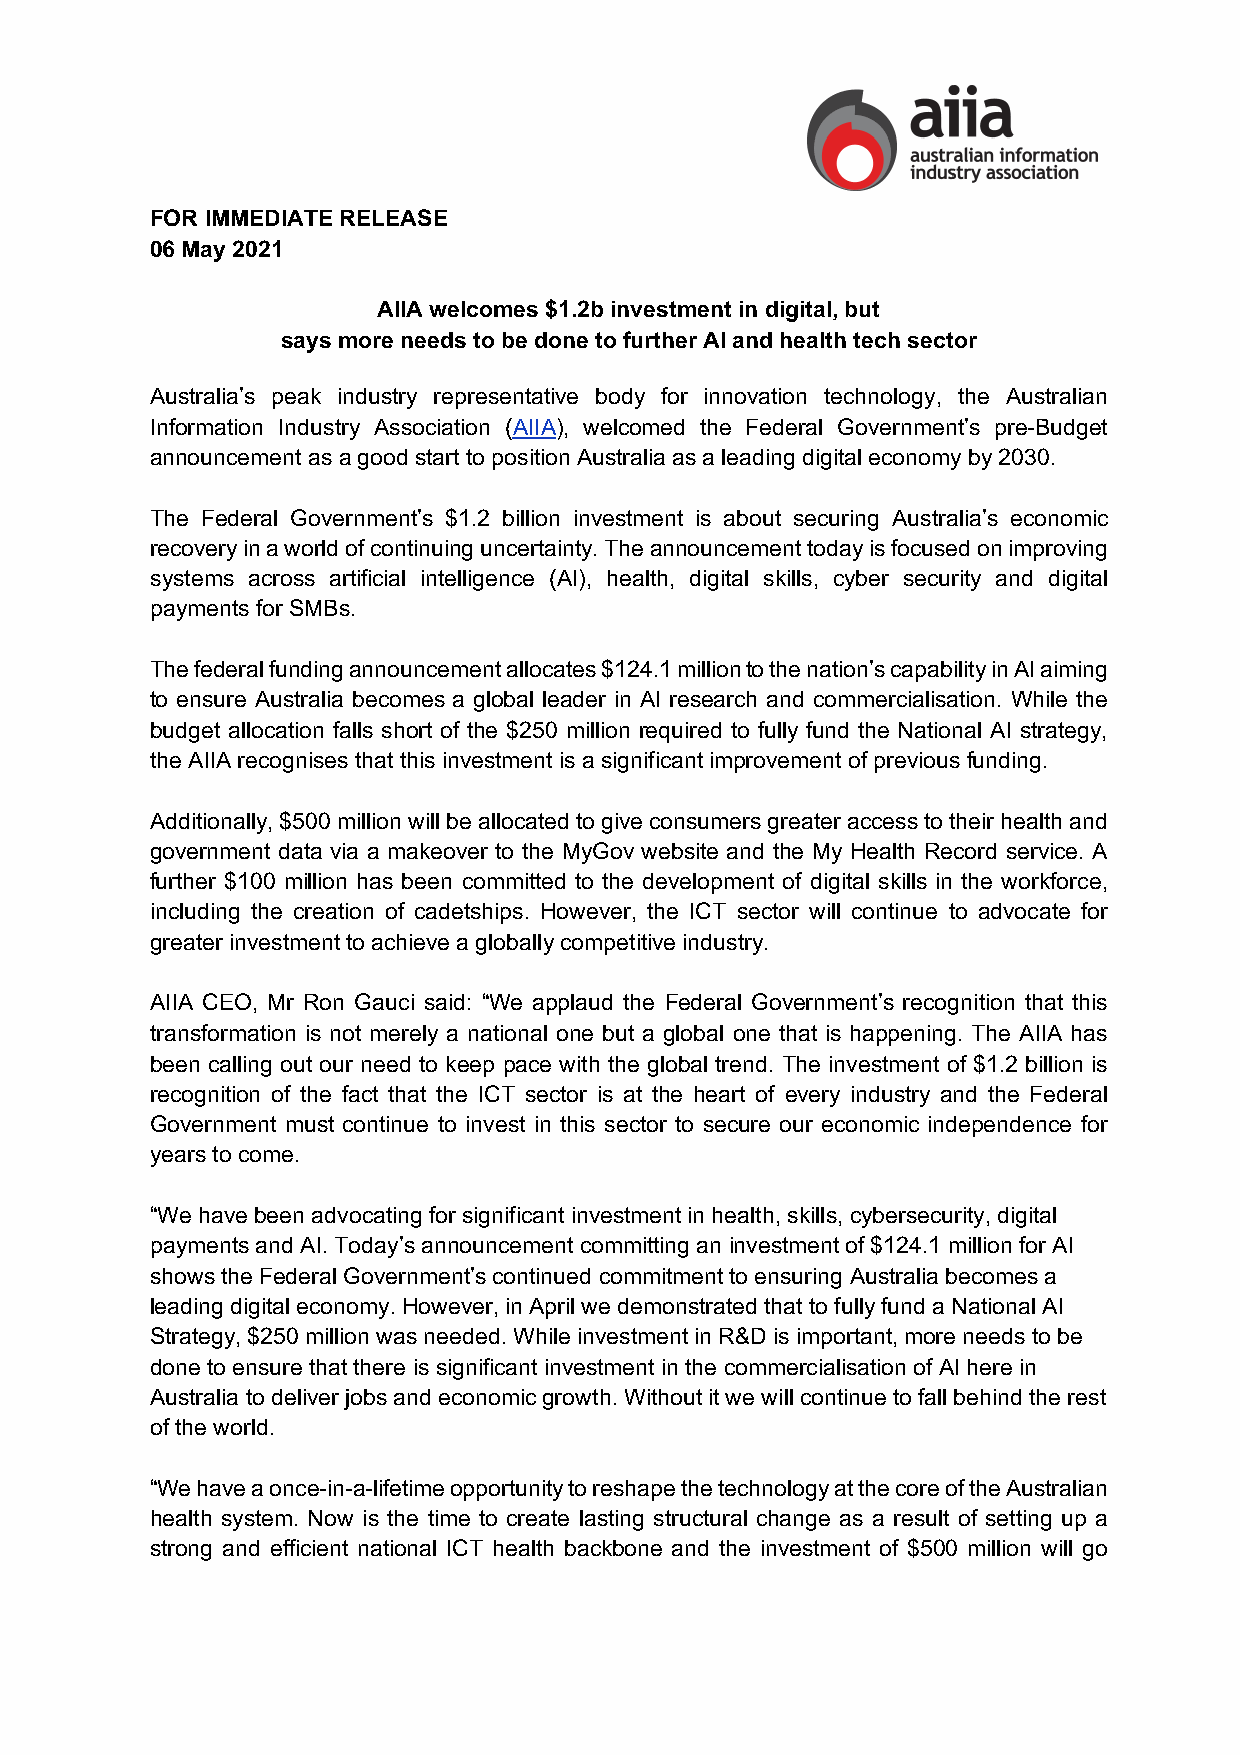
FOR IMMEDIATE RELEASE
 06 May 2021
 AIIA welcomes $1.2b investment in digital, but
 says more needs to be done to further AI and health tech sector
 Australia’s peak industry representative body for innovation technology, the Australian
 Information Industry Association (AIIA), welcomed the Federal Government’s pre-Budget
 announcement as a good start to position Australia as a leading digital economy by 2030.
 The Federal Government’s $1.2 billion investment is about securing Australia’s economic
 recovery in a world of continuing uncertainty. The announcement today is focused on improving
 systems across artificial intelligence (AI), health, digital skills, cyber security and digital
 payments for SMBs.
 The federal funding announcement allocates $124.1 million to the nation’s capability in AI aiming
 to ensure Australia becomes a global leader in AI research and commercialisation. While the
 budget allocation falls short of the $250 million required to fully fund the National AI strategy,
 the AIIA recognises that this investment is a significant improvement of previous funding.
 Additionally, $500 million will be allocated to give consumers greater access to their health and
 government data via a makeover to the MyGov website and the My Health Record service. A
 further $100 million has been committed to the development of digital skills in the workforce,
 including the creation of cadetships. However, the ICT sector will continue to advocate for
 greater investment to achieve a globally competitive industry.
 AIIA CEO, Mr Ron Gauci said: “We applaud the Federal Government’s recognition that this
 transformation is not merely a national one but a global one that is happening. The AIIA has
 been calling out our need to keep pace with the global trend. The investment of $1.2 billion is
 recognition of the fact that the ICT sector is at the heart of every industry and the Federal
 Government must continue to invest in this sector to secure our economic independence for
 years to come.
 “We have been advocating for significant investment in health, skills, cybersecurity, digital
 payments and AI. Today’s announcement committing an investment of $124.1 million for AI
 shows the Federal Government’s continued commitment to ensuring Australia becomes a
 leading digital economy. However, in April we demonstrated that to fully fund a National AI
 Strategy, $250 million was needed. While investment in R&D is important, more needs to be
 done to ensure that there is significant investment in the commercialisation of AI here in
 Australia to deliver jobs and economic growth. Without it we will continue to fall behind the rest
 of the world.
 “We have a once-in-a-lifetime opportunity to reshape the technology at the core of the Australian
 health system. Now is the time to create lasting structural change as a result of setting up a
 strong and efficient national ICT health backbone and the investment of $500 million will go